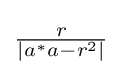
{\textstyle {\frac {r}{\left|a^{*}a-r^{2}\right|}}}